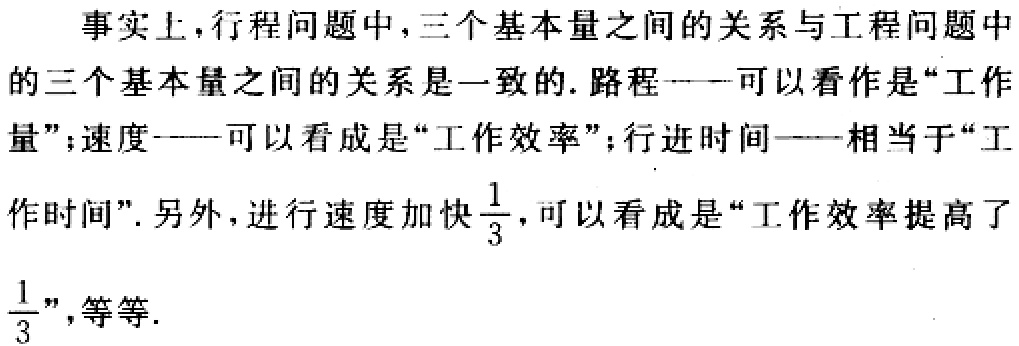
事实上，行程问题中，三个基本量之间的关系与工程问题中
的三个基本量之间的关系是一致的. 路程——可以看作是“工作
量”；速度——可以看成是“工作效率”；行进时间——相当于“工
作时间”. 另外，进行速度加快$\frac{1}{3}$，可以看成是“工作效率提高了
$\frac{1}{3}$”，等等.